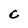
Character: C